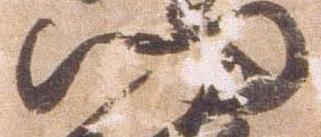
門